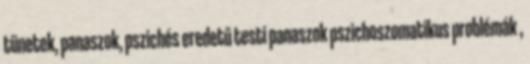
tünetek, panaszok, pszichés eredetű testi panaszok pszichoszomatikus problémák ,